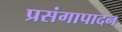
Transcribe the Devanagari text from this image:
प्रसंगापादन